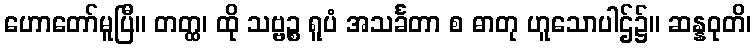
ဟောတော်မူပြီ။ တတ္ထ၊ ထို သဗ္ဗဉ္စ ရူပံ အသင်္ခတာ စ ဓာတု ဟူသောပါဌ်၌။ ဆန္နဝုတိ၊